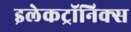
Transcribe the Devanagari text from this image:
इलेकट्रॉनिक्स